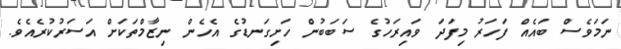
ނަމަވެސް ބައެއް ފަހަރު މިފަދަ ވައިރަހުގެ ސަބަބުން ހަށިގަނޑުގެ އެހެން ނިޒާމްތަކަށް އަސަރުކުރެއެވެ.